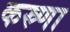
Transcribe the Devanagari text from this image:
कस्र्णा